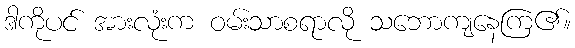
ဒါကိုပင် အားလုံးက ဝမ်းသာစရာလို သဘောကျနေကြ၏။